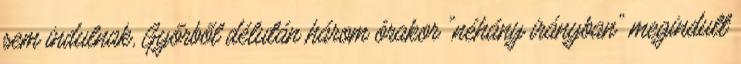
sem indulnak, Győrből délután három órakor "néhány irányban" megindult